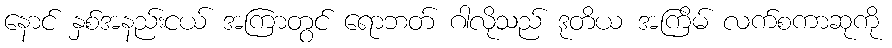
နောင် နှစ်အနည်းငယ် အကြာတွင် ရောဘတ် ဂါလိုသည် ဒုတိယ အကြိမ် လက်စကာဆုကို